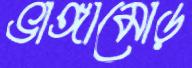
ভাঙ্গামোড়